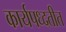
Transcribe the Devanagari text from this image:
कार्यपध्दतीत